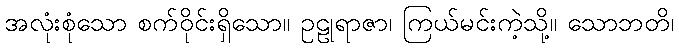
အလုံးစုံသော စက်ဝိုင်းရှိသော။ ဥဠုရာဇာ၊ ကြယ်မင်းကဲ့သို့။ သောဘတိ၊